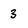
Character: 3